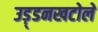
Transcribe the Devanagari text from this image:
उड़्डनखटोले